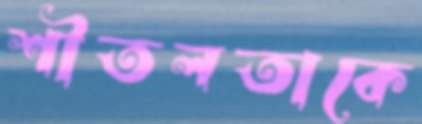
শীতলতাকে